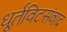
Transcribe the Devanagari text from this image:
धूर्तविटसंवाद